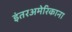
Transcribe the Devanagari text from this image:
इंतरअमेरिकाना